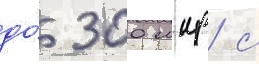
до́ 300 мкр/ с